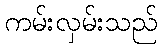
ကမ်းလှမ်းသည်